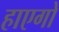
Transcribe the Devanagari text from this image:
हाएगो